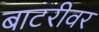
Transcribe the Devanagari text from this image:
बाटरीवर